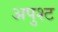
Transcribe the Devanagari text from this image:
अपुश्ट